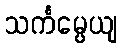
သင်္ကမ္ပေယျ